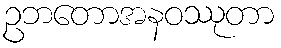
ဥဘတောအနဝဿုတာ